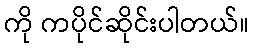
ကို ကပိုင်ဆိုင်းပါတယ်။